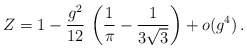
\begin{align*}Z = 1 - \frac{g^2}{12} \, \left( \frac{1}{\pi} - \frac{1}{3\sqrt{3}}\right) + o(g^4) \,.\end{align*}